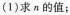
(1)求π的值；